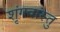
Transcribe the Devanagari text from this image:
शृंगवांस्तु